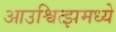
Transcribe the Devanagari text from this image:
आउश्वित्झमध्ये